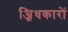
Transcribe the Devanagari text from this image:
अ्रिधकारों